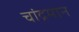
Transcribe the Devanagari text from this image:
चांद्रमान